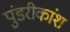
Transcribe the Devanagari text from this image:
पुंडरीकांश